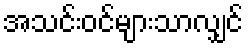
အသင်းဝင်များသာလျှင်